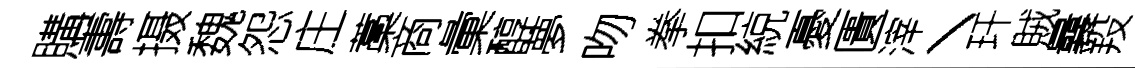
購夀摄魏怨庄藁商彙醇夢吻拳扣綂憂匱滓丶玕賊曩羖